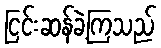
ငြင်းဆန်ခဲ့ကြသည်